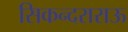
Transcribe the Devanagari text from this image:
सिकन्दराराऊ